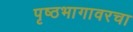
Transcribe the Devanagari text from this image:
पृष्ठभागावरचा